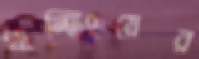
গ্রান্টিংয়ের